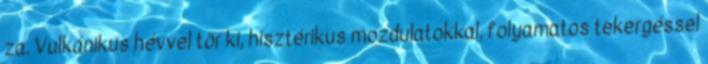
za. Vulkánikus hévvel tör ki, hisztérikus mozdulatokkal, folyamatos tekergéssel